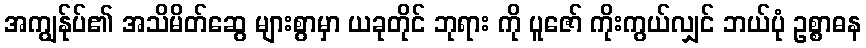
အကျွန်ုပ်၏ အသိမိတ်ဆွေ များစွာမှာ ယခုတိုင် ဘုရား ကို ပူဇော် ကိုးကွယ်လျှင် ဘယ်ပုံ ဥစ္စာဓန